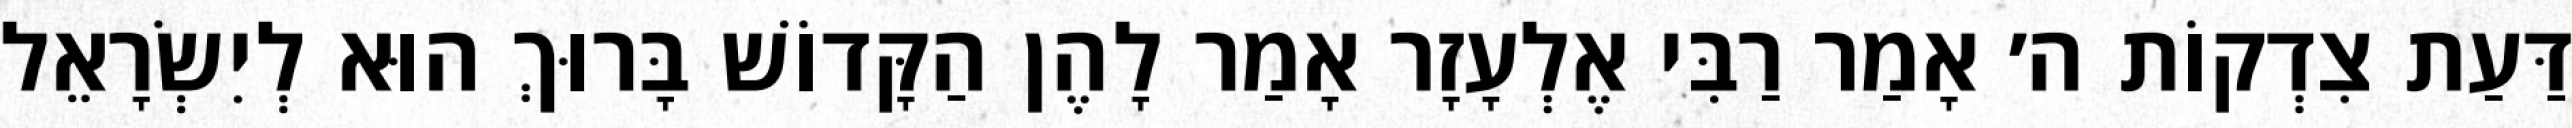
דַּעַת צִדְקוֹת ה׳ אָמַר רַבִּי אֶלְעָזָר אָמַר לָהֶן הַקָּדוֹשׁ בָּרוּךְ הוּא לְיִשְׂרָאֵל